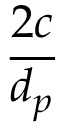
\frac { 2 c } { d _ { p } }